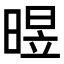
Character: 𣈫